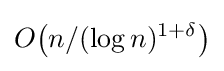
O{\bigl (}n/(\log n)^{1+\delta }{\bigr )}